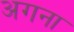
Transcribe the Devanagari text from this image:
अगना